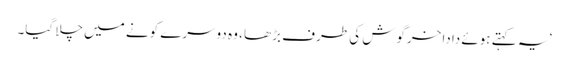
‘ یہ کہتے ہوئے دادا خرگوش کی طرف بڑھا ، وہ دوسرے کونے میں چلا گیا۔